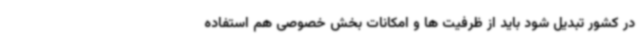
در کشور تبدیل شود باید از ظرفیت ها و امکانات بخش خصوصی هم استفاده